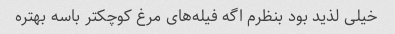
خیلی لذید بود بنظرم اگه فیله‌های مرغ کوچکتر باسه بهتره